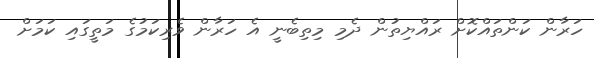
ހަރާން ކަންތައްކޮށް ރައްޔިތުން ދެމި މިތިބެނީ އެ ހަރާން ވެރިކަމުގެ މަތީގައި ކަމަށް